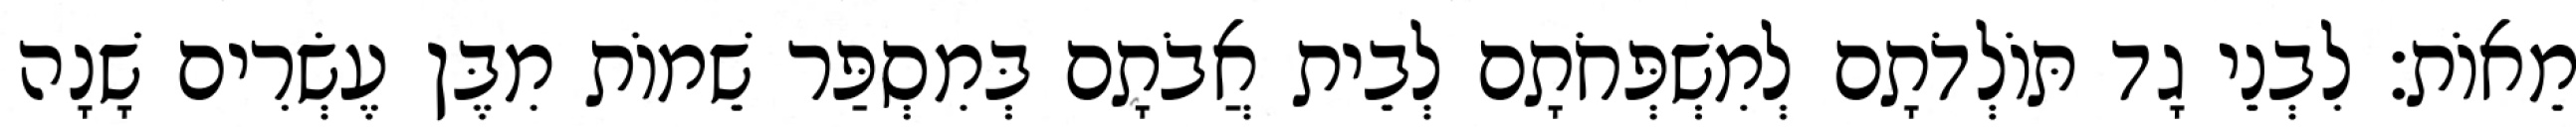
מֵאוֹת׃ לִבְנֵי גָד תּוֹלְדֹתָם לְמִשְׁפְּחֹתָם לְבֵית אֲבֹתָם בְּמִסְפַּר שֵׁמוֹת מִבֶּן עֶשְׂרִים שָׁנָה